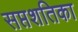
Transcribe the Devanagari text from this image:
सप्तशतिका